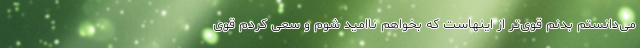
می‌دانستم بدنم قوی‌تر از اینهاست که بخواهم ناامید شوم و سعی کردم قوی